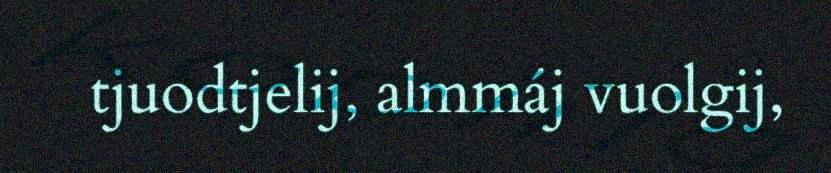
tjuodtjelij, almmáj vuolgij,